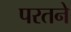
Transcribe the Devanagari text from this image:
परतने